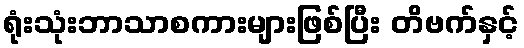
ရုံးသုံးဘာသာစကားများဖြစ်ပြီး တိဗက်နှင့်